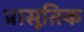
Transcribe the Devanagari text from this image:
प्रासूतिक